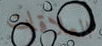
العلاقات